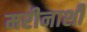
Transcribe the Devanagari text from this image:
मरीनाशी